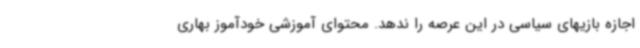
اجازه بازیهای سیاسی در این عرصه را ندهد. محتوای آموزشی خودآموز بهاری